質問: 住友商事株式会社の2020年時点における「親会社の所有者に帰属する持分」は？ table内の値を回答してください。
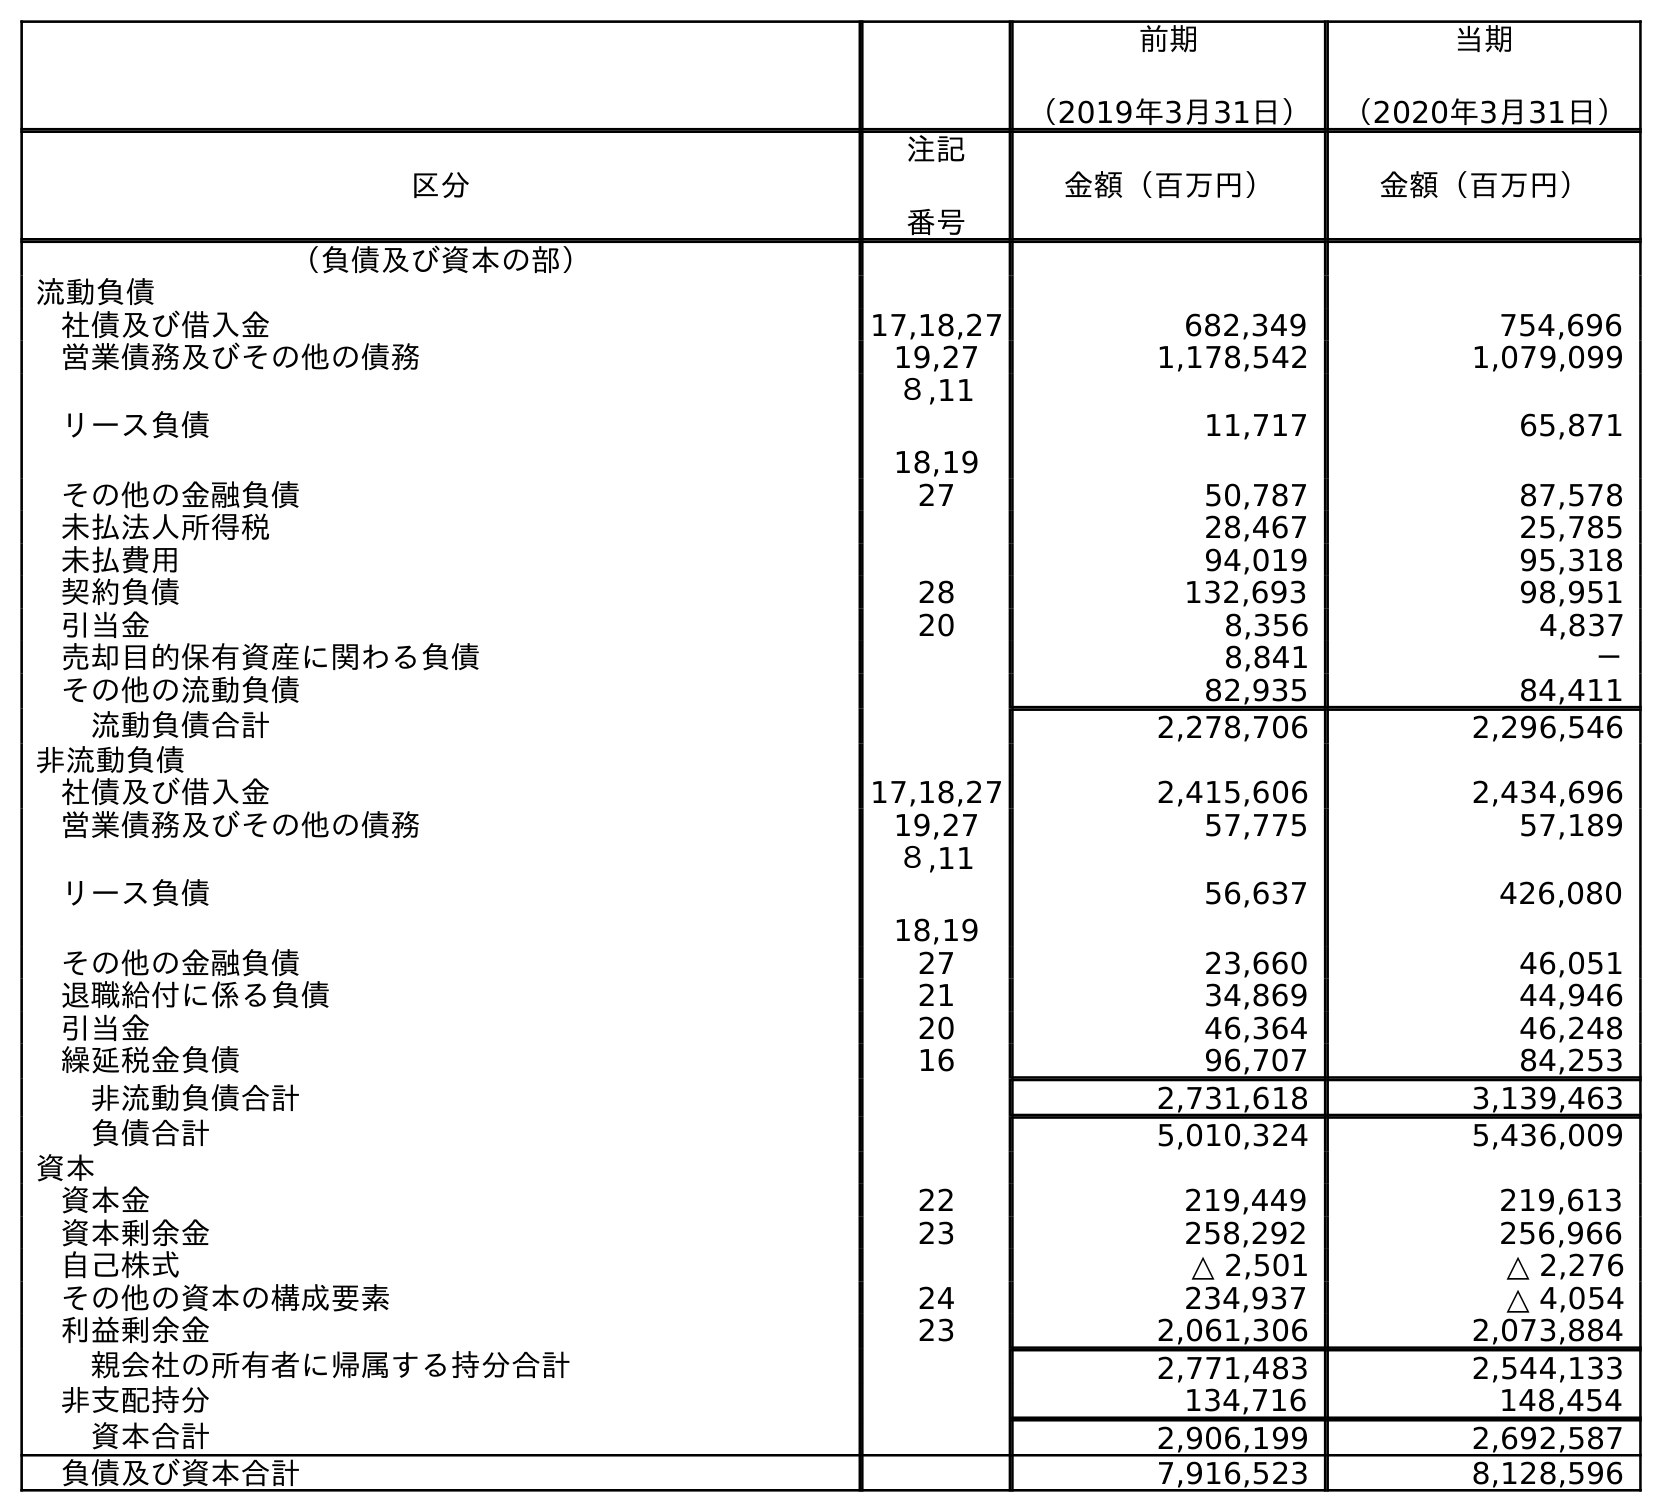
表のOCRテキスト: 前期 （2019年3月31日） 当期 （2020年3月31日） 区分 注記 番号 金額（百万円） 金額（百万円） （負債及び資本の部） 流動負債 社債及び借入金 17,18,27 682,349 754,696 営業債務及びその他の債務 19,27 1,178,542 1,079,099 リース負債 ８,11 18,19 11,717 65,871 その他の金融負債 27 50,787 87,578 未払法人所得税 28,467 25,785 未払費用 94,019 95,318 契約負債 28 132,693 98,951 引当金 20 8,356 4,837 売却目的保有資産に関わる負債 8,841 － その他の流動負債 82,935 84,411 流動負債合計 2,278,706 2,296,546 非流動負債 社債及び借入金 17,18,27 2,415,606 2,434,696 営業債務及びその他の債務 19,27 57,775 57,189 リース負債 ８,11 18,19 56,637 426,080 その他の金融負債 27 23,660 46,051 退職給付に係る負債 21 34,869 44,946 引当金 20 46,364 46,248 繰延税金負債 16 96,707 84,253 非流動負債合計 2,731,618 3,139,463 負債合計 5,010,324 5,436,009 資本 資本金 22 219,449 219,613 資本剰余金 23 258,292 256,966 自己株式 △ 2,501 △ 2,276 その他の資本の構成要素 24 234,937 △ 4,054 利益剰余金 23 2,061,306 2,073,884 親会社の所有者に帰属する持分合計 2,771,483 2,544,133 非支配持分 134,716 148,454 資本合計 2,906,199 2,692,587 負債及び資本合計 7,916,523 8,128,596
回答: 2,544,133